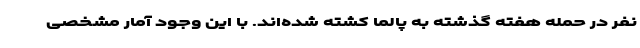
نفر در حمله هفته گذشته به پالما کشته شده‌اند. با این وجود آمار مشخصی